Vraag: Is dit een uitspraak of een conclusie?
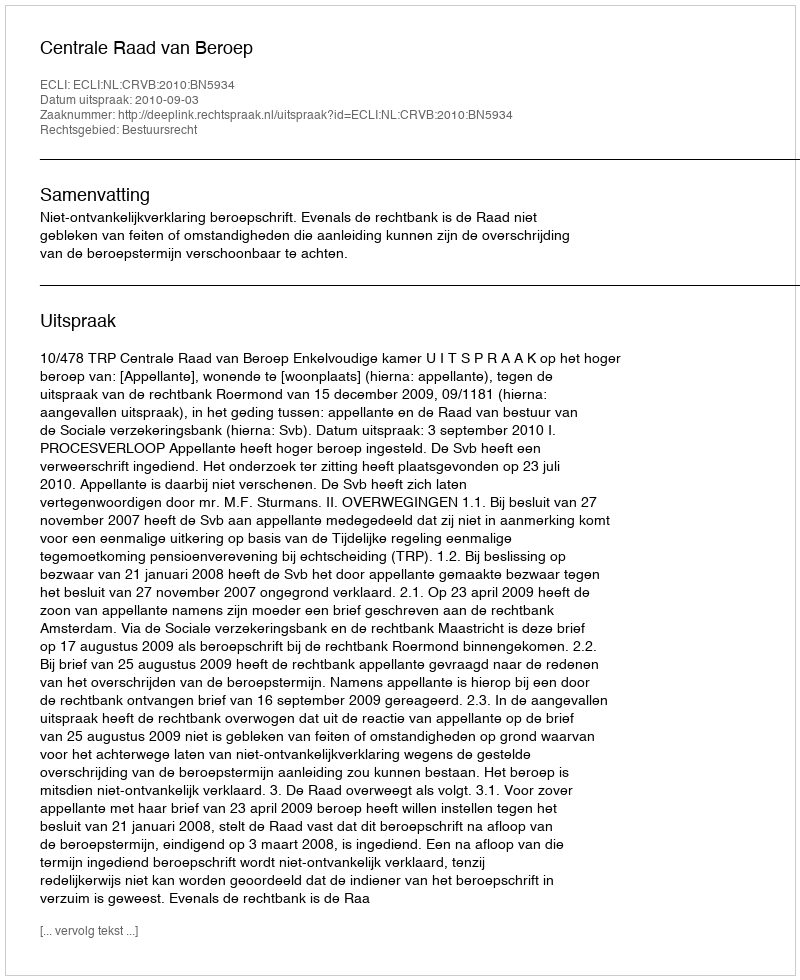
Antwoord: Uitspraak